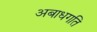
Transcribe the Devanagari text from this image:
अबाधगति